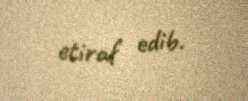
etiraf edib.